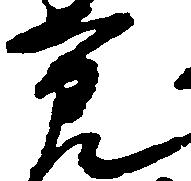
節